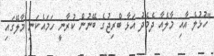
"ހުޅުލެ އާއި މާލެއާ ދެމެދު އަޅާ ބްރިޖުގެ ބޭނުން ކުރާނީ ހަމައެކަނި މާލޭގައި